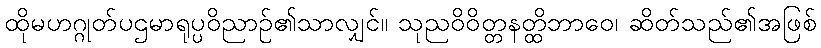
ထိုမဟဂ္ဂုတ်ပဌမာရုပ္ပဝိညာဉ်၏သာလျှင်။ သုညဝိဝိတ္တနတ္ထိဘာဝေ၊ ဆိတ်သည်၏အဖြစ်